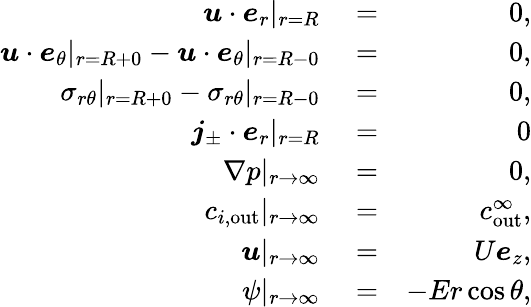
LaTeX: \begin{array}{rlr}{\boldsymbol{u}\cdot\boldsymbol{e}_{r}|_{r=R}}&{{}=}&{0,}\\ {\boldsymbol{u}\cdot\boldsymbol{e}_{\theta}|_{r=R+0}-\boldsymbol{u}\cdot\boldsymbol{e}_{\theta}|_{r=R-0}}&{{}=}&{0,}\\ {\sigma_{r\theta}|_{r=R+0}-\sigma_{r\theta}|_{r=R-0}}&{{}=}&{0,}\\ {\boldsymbol{j}_{\pm}\cdot\boldsymbol{e}_{r}|_{r=R}}&{{}=}&{0}\\ {\nabla p|_{r\to\infty}}&{{}=}&{0,}\\ {c_{i,\mathrm{out}}|_{r\to\infty}}&{{}=}&{c_{\mathrm{out}}^{\infty},}\\ {\boldsymbol{u}|_{r\to\infty}}&{{}=}&{U\boldsymbol{e}_{z},}\\ {\psi|_{r\to\infty}}&{{}=}&{-Er\cos\theta,}\end{array}